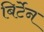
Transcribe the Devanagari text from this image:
बिर्टेन